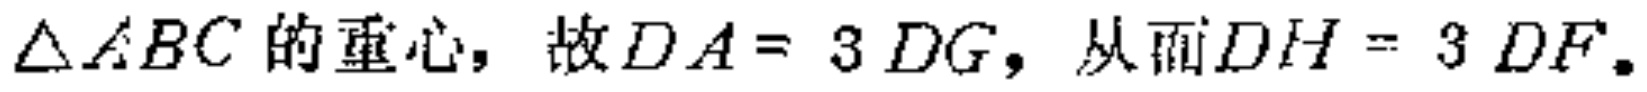
$\triangle ABC的重心，故DA = 3DG，从而DH = 3DF。$